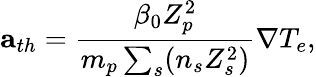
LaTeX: {\mathbf{a}}_{th}=\frac{\beta_{0}Z_{p}^{2}}{m_{p}\sum_{s}(n_{s}Z_{s}^{2})}\nabla T_{e},